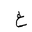
Letter: _gayn